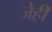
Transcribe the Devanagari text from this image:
जेही